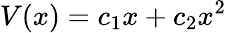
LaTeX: V(x)={c_{1}}x+{c_{2}}x^{2}